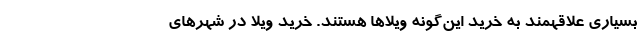
بسیاری علاقهمند به خرید این‌گونه ویلاها هستند. خرید ویلا در شهرهای